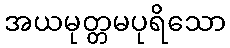
အယမုတ္တမပုရိသော